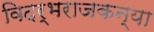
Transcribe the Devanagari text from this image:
विदर्भराजकन्या